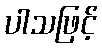
ပါသဖြင့်